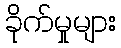
ခိုက်မှုများ